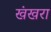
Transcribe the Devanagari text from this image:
खंखरा